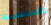
المتقدمة